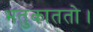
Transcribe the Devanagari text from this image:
भतुकाततो।